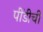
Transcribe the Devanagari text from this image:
पींडीची